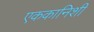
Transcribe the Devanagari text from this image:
एककानिशी